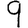
Digit: 9